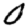
Digit: 0